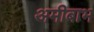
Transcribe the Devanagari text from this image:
अमीबाभ